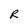
Character: R